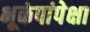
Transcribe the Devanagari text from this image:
भूकंपांपेक्षा